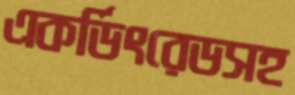
একর্ডিংরেডসহ